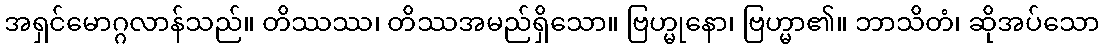
အရှင်မောဂ္ဂလာန်သည်။ တိဿဿ၊ တိဿအမည်ရှိသော။ ဗြဟ္မုနော၊ ဗြဟ္မာ၏။ ဘာသိတံ၊ ဆိုအပ်သော